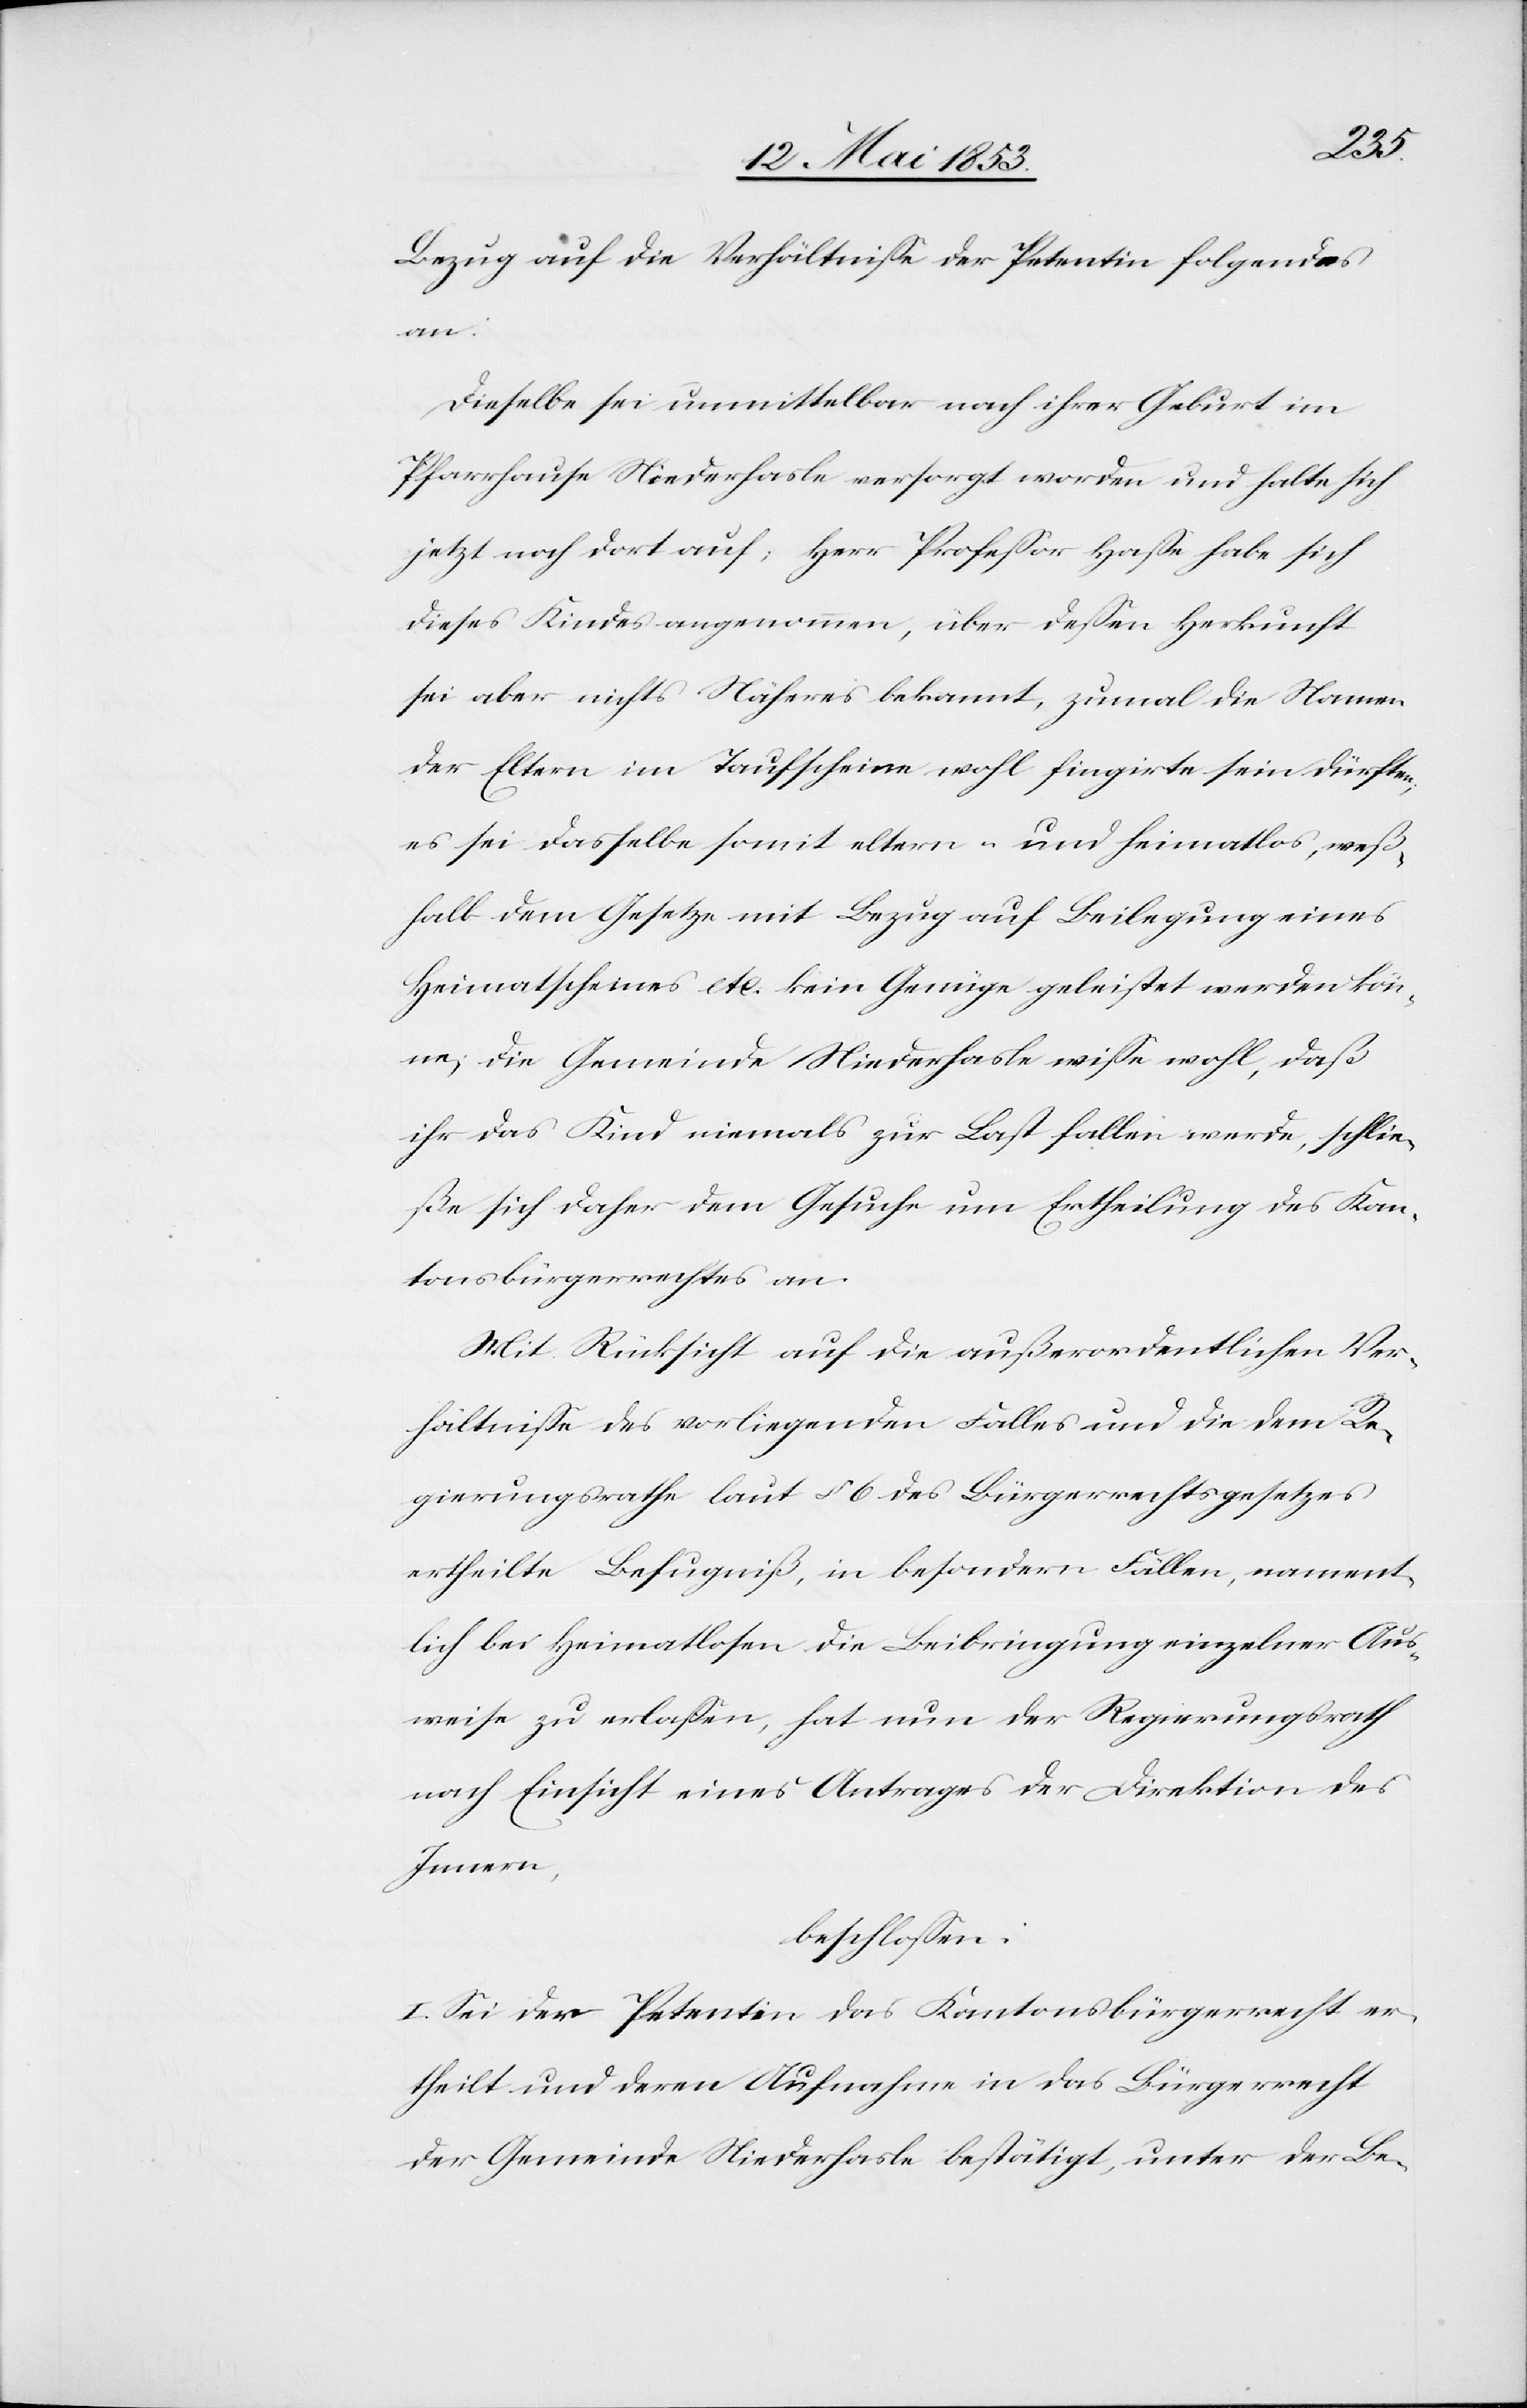
Bezug auf die Verhältniße der Petentin folgendes
an:
Dieselbe sei unmittelbar nach ihrer Geburt im
Pfarrhause Niederhasle versorgt worden und halte sich
jetzt dort auf, Herr Profeßor Haße habe sich
dieses Kindes angenommen, über deßen Herkunft
sei aber nichts Näheres bekannt, zumal die Namen
der Eltern im Taufschein wohl fingirte sein dürften,
es sei dasselbe somit eltern- und heimatlos, weß¬
halb dem Gesetze mit Bezug auf Beilegung eines
Heimatscheines etc. kein Genüge geleistet werden kön¬
ne, die Gemeinde Niederhasle wiße wohl, daß
ihr das Kind niemals zur Last fallen werde, schlie¬
ße sich daher dem Gesuche um Ertheilung des Kan¬
tonsbürgerrechtes an.
Mit Rücksicht auf die außerordentlichen Ver¬
hältniße des vorliegenden Falles und die dem Re¬
gierungsrathe laut § 6 des Bürgerrechtsgesetzes
ertheilte Befugniß, in besondern Fällen, nament¬
lich bei Heimatlosen die Beibringung einzelner Aus¬
weise zu erlaßen, hat nun der Regierungsrath
nach Einsicht eines Antrages der Direktion des
Innern,
beschloßen:
I. Sei der Petentin das Kantonsbürgerrecht er¬
theilt und deren Aufnahme in das Bürgerrecht
der Gemeinde Niederhasle bestätigt, unter der Be-